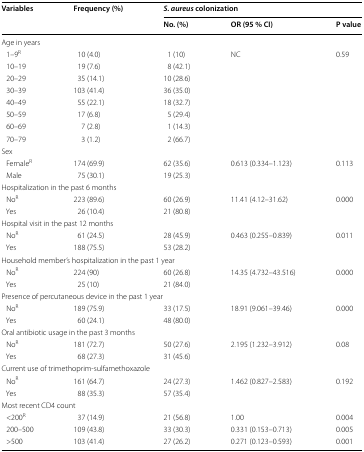
<table><thead><tr><td rowspan="2"><b>Variables</b></td><td rowspan="2"><b>Frequency (%)</b></td><td colspan="3"><b><i>S. aureus</i> colonization</b></td></tr><tr><td><b>No. (%)</b></td><td><b>OR (95 % CI)</b></td><td><b>P value</b></td></tr></thead><tbody><tr><td colspan="5">Age in years</td></tr><tr><td> 1–9<sup>R</sup></td><td>10 (4.0)</td><td>1 (10)</td><td rowspan="8">NC</td><td rowspan="8">0.59</td></tr><tr><td> 10–19</td><td>19 (7.6)</td><td>8 (42.1)</td></tr><tr><td> 20–29</td><td>35 (14.1)</td><td>10 (28.6)</td></tr><tr><td> 30–39</td><td>103 (41.4)</td><td>36 (35.0)</td></tr><tr><td> 40–49</td><td>55 (22.1)</td><td>18 (32.7)</td></tr><tr><td> 50–59</td><td>17 (6.8)</td><td>5 (29.4)</td></tr><tr><td> 60–69</td><td>7 (2.8)</td><td>1 (14.3)</td></tr><tr><td> 70–79</td><td>3 (1.2)</td><td>2 (66.7)</td></tr><tr><td colspan="5">Sex</td></tr><tr><td> Female<sup>R</sup></td><td>174 (69.9)</td><td>62 (35.6)</td><td rowspan="2">0.613 (0.334–1.123)</td><td rowspan="2">0.113</td></tr><tr><td> Male</td><td>75 (30.1)</td><td>19 (25.3)</td></tr><tr><td colspan="5">Hospitalization in the past 6 months</td></tr><tr><td> No<sup>R</sup></td><td>223 (89.6)</td><td>60 (26.9)</td><td rowspan="2">11.41 (4.12–31.62)</td><td rowspan="2">0.000</td></tr><tr><td> Yes</td><td>26 (10.4)</td><td>21 (80.8)</td></tr><tr><td colspan="5">Hospital visit in the past 12 months</td></tr><tr><td> No<sup>R</sup></td><td>61 (24.5)</td><td>28 (45.9)</td><td rowspan="2">0.463 (0.255–0.839)</td><td rowspan="2">0.011</td></tr><tr><td> Yes</td><td>188 (75.5)</td><td>53 (28.2)</td></tr><tr><td colspan="5">Household member’s hospitalization in the past1 year</td></tr><tr><td> No<sup>R</sup></td><td>224 (90)</td><td>60 (26.8)</td><td rowspan="2">14.35 (4.732–43.516)</td><td rowspan="2">0.000</td></tr><tr><td> Yes</td><td>25 (10)</td><td>21 (84.0)</td></tr><tr><td colspan="5">Presence of percutaneous device in the past1 year</td></tr><tr><td> No<sup>R</sup></td><td>189 (75.9)</td><td>33 (17.5)</td><td rowspan="2">18.91 (9.061–39.46)</td><td rowspan="2">0.000</td></tr><tr><td> Yes</td><td>60 (24.1)</td><td>48 (80.0)</td></tr><tr><td colspan="5">Oral antibiotic usage in the past 3 months</td></tr><tr><td> No<sup>R</sup></td><td>181 (72.7)</td><td>50 (27.6)</td><td rowspan="2">2.195 (1.232–3.912)</td><td rowspan="2">0.08</td></tr><tr><td> Yes</td><td>68 (27.3)</td><td>31 (45.6)</td></tr><tr><td colspan="5">Current use of trimethoprim-sulfamethoxazole</td></tr><tr><td> No<sup>R</sup></td><td>161 (64.7)</td><td>24 (27.3)</td><td rowspan="2">1.462 (0.827–2.583)</td><td rowspan="2">0.192</td></tr><tr><td> Yes</td><td>88 (35.3)</td><td>57 (35.4)</td></tr><tr><td colspan="5">Most recent CD4 count</td></tr><tr><td> &lt;200<sup>R</sup></td><td>37 (14.9)</td><td>21 (56.8)</td><td>1.00</td><td>0.004</td></tr><tr><td> 200–500</td><td>109 (43.8)</td><td>33 (30.3)</td><td>0.331 (0.153–0.713)</td><td>0.005</td></tr><tr><td> &gt;500</td><td>103 (41.4)</td><td>27 (26.2)</td><td>0.271 (0.123–0.593)</td><td>0.001</td></tr></tbody></table>